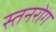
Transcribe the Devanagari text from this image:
स्तनरोग